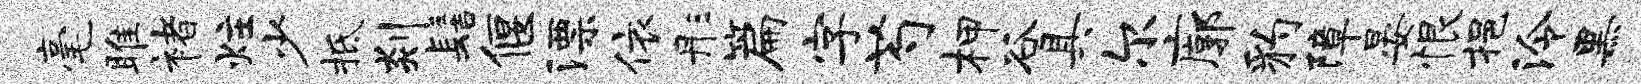
毫雎褚炷少柢剡髻偃漂依彤篇字芍柙谷具尔廓豹障晏恨挹泠黑